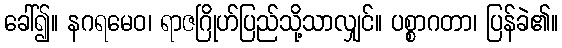
ခေါ်၍။ နဂရမေဝ၊ ရာဇဂြိုဟ်ပြည်သို့သာလျှင်။ ပစ္စာဂတာ၊ ပြန်ခဲ၏။